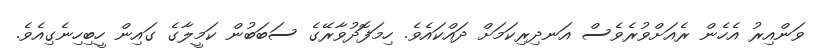
ވަންއިރު އެހެން ރެއަށްވުރެވެސް އަނދިރިކަމަށް ދައްކައެވެ. ހިމަފޮދުވާރޭގެ ސަބަބުން ކަމީލާގެ ގައިން ހީބިހިނެގިއެވެ.